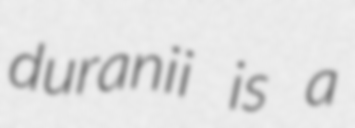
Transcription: duranii is a